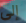
إلى